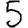
Digit: 5